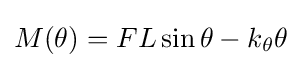
M(\theta )=FL\sin \theta -k_{\theta }\theta